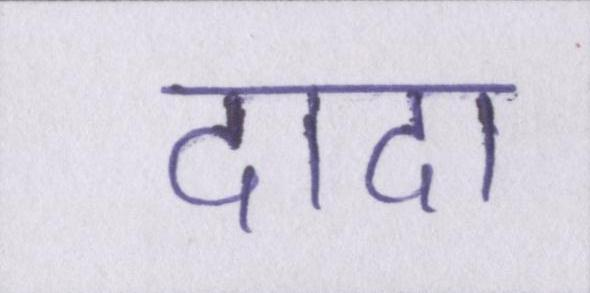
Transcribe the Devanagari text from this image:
दादा